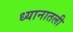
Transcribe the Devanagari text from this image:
ध्यानातली